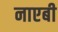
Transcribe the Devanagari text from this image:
नाएबी